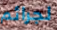
لجرائم